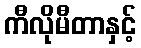
ကီလိုမီတာနှင့်